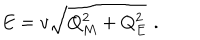
E = v \sqrt { Q _ { M } ^ { 2 } + Q _ { E } ^ { 2 } } \, \, .